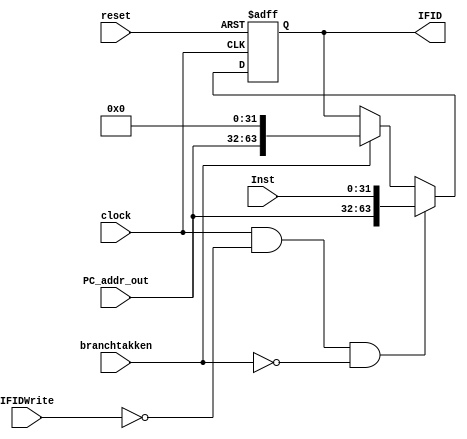

module IF_ID(reset,clock,IFID,Inst,PC_addr_out,IFIDWrite,branchtakken);
input clock,reset,IFIDWrite,branchtakken;
input [31:0] Inst;
input [31:0] PC_addr_out;
output reg [63:0] IFID;

always @(posedge clock, posedge reset)
begin
	if(reset)
		IFID <= 32'd0;
	else if((clock == 1) && IFIDWrite == 0 && (branchtakken == 0)) 
	begin
		IFID = {PC_addr_out , Inst} ;
	end
	else if (branchtakken) 
	   IFID = {PC_addr_out , 32'd0} ;
end

endmodule